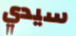
سيدي